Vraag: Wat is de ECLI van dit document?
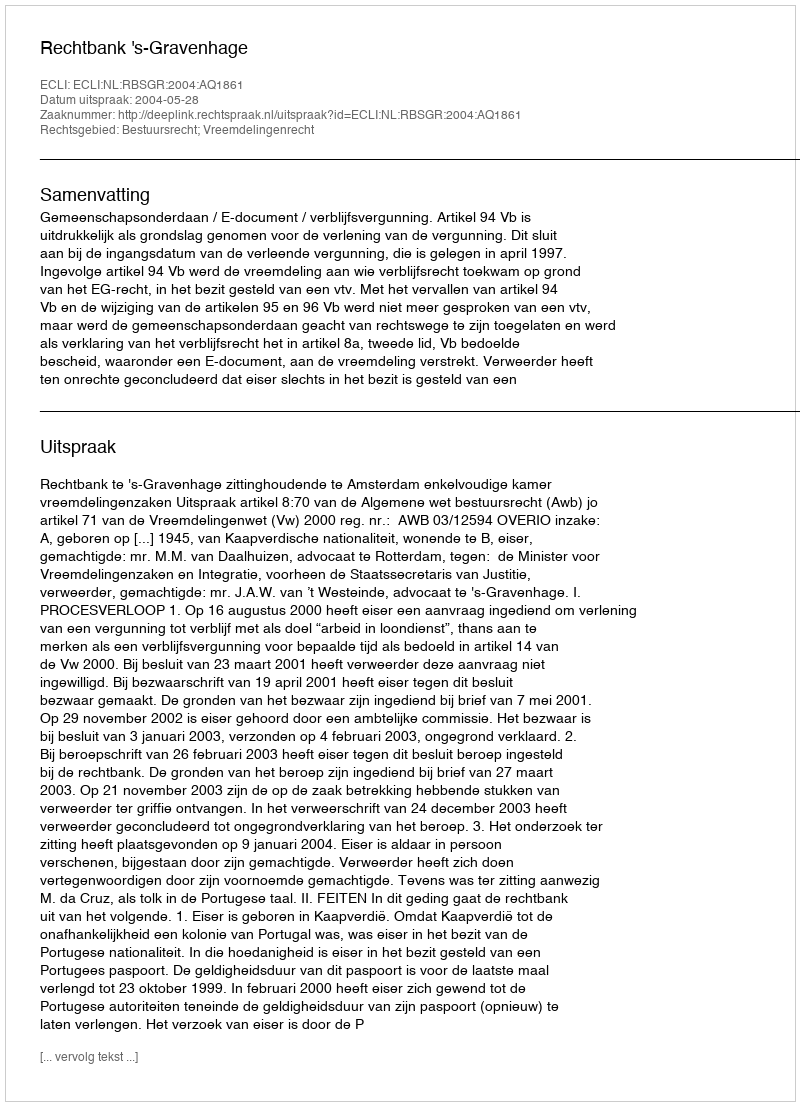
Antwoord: ECLI:NL:RBSGR:2004:AQ1861